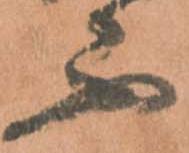
不